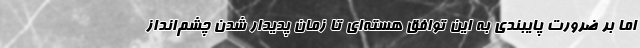
اما بر ضرورت پایبندی به این توافق هسته‌ای تا زمان پدیدار شدن چشم‌انداز